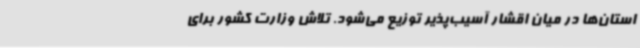
استان‌ها در میان اقشار آسیب‌پذیر توزیع می‌شود. تلاش وزارت کشور برای